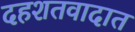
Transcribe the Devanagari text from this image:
दहशतवादात